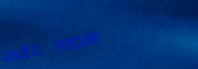
auto repair